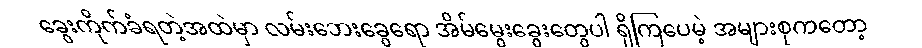
ခွေးကိုက်ခံရတဲ့အထဲမှာ လမ်းဘေးခွေရော အိမ်မွေးခွေးတွေပါ ရှိကြပေမဲ့ အများစုကတော့